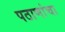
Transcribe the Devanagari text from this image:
पठाणांचा